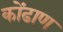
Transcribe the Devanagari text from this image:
कोंढाण